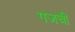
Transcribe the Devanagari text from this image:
गजची